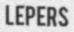
LEPERS